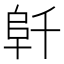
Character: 𱀁